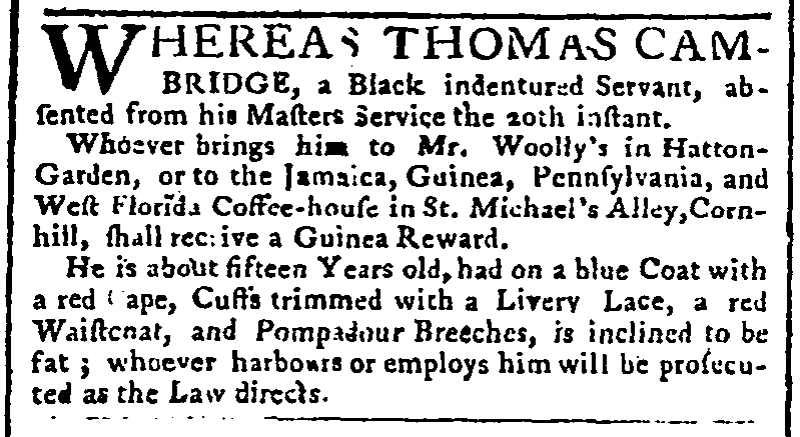
Public Advertiser, 26 May 1764 (England)
WHEREAS THOMAS CAMBRIDGE, a Black indentured Servant, absented from his Masters Service the 20th instant.  Whoever brings him to Mr. Woolly’s in Hatton-Garden, or to the Jamaica, Guinea, Pennsylvania, and West Florida Coffee-house in St Michael’s Alley, Cornhill, shall receive a Guinea Reward.  He is about fifteen Years old, had on a blue Coat with a red Cape, Cuffs trimmed with a Livery Lace, a red Waistcoat, and Pompadour Breeches, is inclined to be fat; whoever harbours or employs him will be prosecuted as the Law directs.